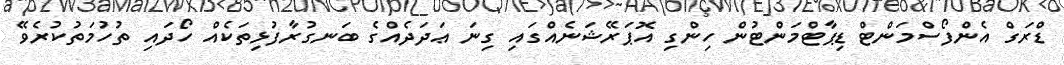
ޑްރަގް އެންފޯސްމަންޓް ޑިޕާޓްމަންޓުން ހިންގި އޮޕަރޭޝަނެއްގައި ގިނަ ޢަދަދެއްގެ ބަނގުރާފުޅިތަކެއް ހޯދައި ތުހުމަތުކުރެވޭ